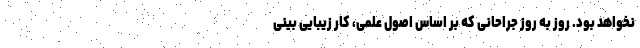
نخواهد بود. روز به روز جراحانی که بر اساس اصول علمی، کار زیبایی بینی